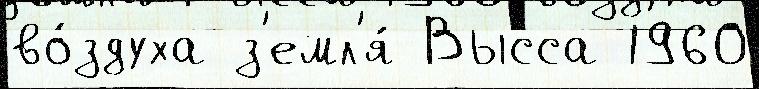
во́здуха з'емл'я́ Высса 1960